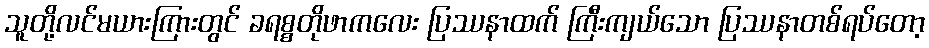
သူတို့လင်မယားကြားတွင် ခရစ္စတိုဖာကလေး ပြဿနာထက် ကြီးကျယ်သော ပြဿနာတစ်ရပ်တော့